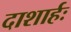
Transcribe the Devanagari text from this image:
दाशार्हः